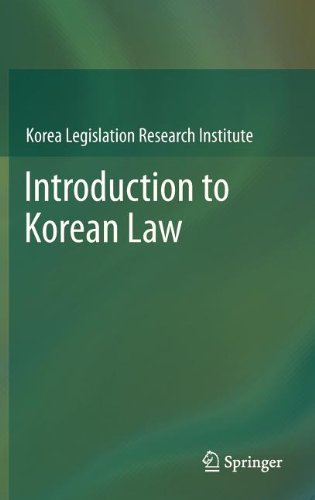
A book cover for Introduction to Korean Law; Law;